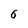
Character: 6